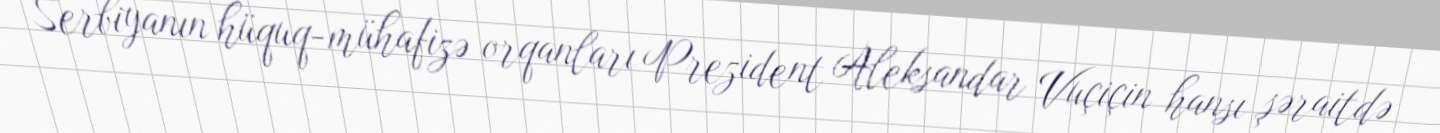
Serbiyanın hüquq-mühafizə orqanları Prezident Aleksandar Vuçiçin hansı şəraitdə